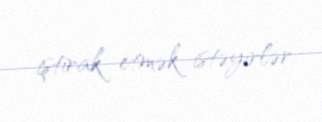
iştirak etmək istəyirlər.